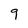
Character: 9